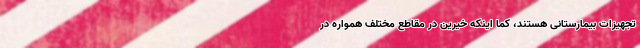
تجهیزات بیمارستانی هستند، کما اینکه خیرین در مقاطع مختلف همواره در